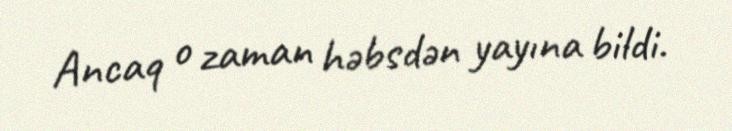
Ancaq o zaman həbsdən yayına bildi.